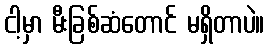
ငါ့မှာ မီးခြစ်ဆံတောင် မရှိတာပဲ။